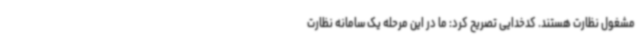
مشغول نظارت هستند. کدخدایی تصریح کرد: ما در این مرحله یک سامانه نظارت